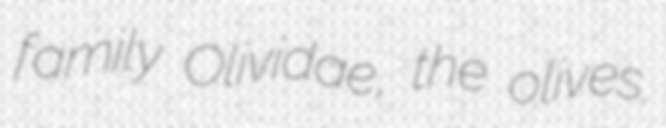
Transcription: family Olividae, the olives.